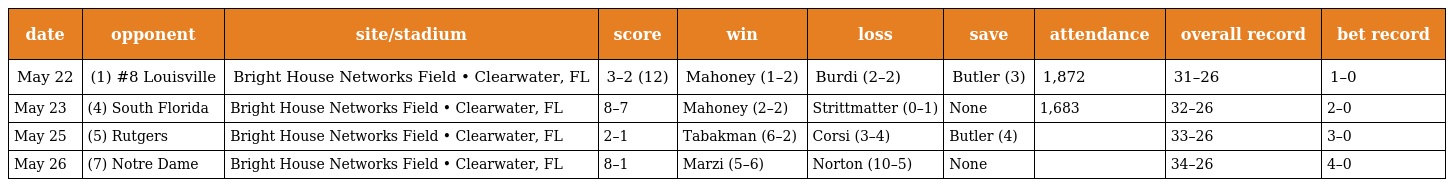
| date | opponent | site/stadium | score | win | loss | save | attendance | overall record | bet record |
 | --- | --- | --- | --- | --- | --- | --- | --- | --- | --- |
 | May 22 | (1) #8 Louisville | Bright House Networks Field • Clearwater, FL | 3–2 (12) | Mahoney (1–2) | Burdi (2–2) | Butler (3) | 1,872 | 31–26 | 1–0 |
 | May 23 | (4) South Florida | Bright House Networks Field • Clearwater, FL | 8–7 | Mahoney (2–2) | Strittmatter (0–1) | None | 1,683 | 32–26 | 2–0 |
 | May 25 | (5) Rutgers | Bright House Networks Field • Clearwater, FL | 2–1 | Tabakman (6–2) | Corsi (3–4) | Butler (4) |  | 33–26 | 3–0 |
 | May 26 | (7) Notre Dame | Bright House Networks Field • Clearwater, FL | 8–1 | Marzi (5–6) | Norton (10–5) | None |  | 34–26 | 4–0 |